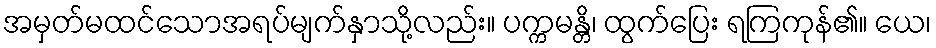
အမှတ်မထင်သောအရပ်မျက်နှာသို့လည်း။ ပက္ကမန္တိ၊ ထွက်ပြေး ရကြကုန်၏။ ယေ၊